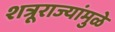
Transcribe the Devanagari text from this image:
शत्रूराज्यांमुळे